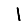
Digit: 1